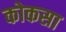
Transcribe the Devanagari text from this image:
कोकसा